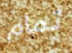
تمام